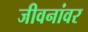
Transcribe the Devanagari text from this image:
जीवनांवर